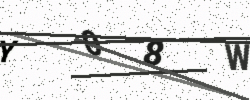
Text: Y08W